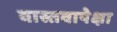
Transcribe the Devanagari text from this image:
वास्तवापेक्षा